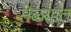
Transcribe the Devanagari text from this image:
मेळ्यांत